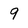
Character: 9